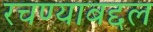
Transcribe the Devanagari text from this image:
रचण्याबद्दल